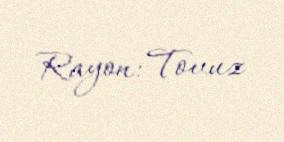
Rayon: Tovuz